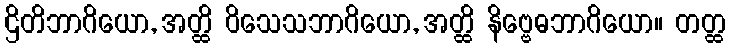
ဌိတိဘာဂိယော, အတ္ထိ ဝိသေသဘာဂိယော, အတ္ထိ နိဗ္ဗေဓဘာဂိယော။ တတ္ထ